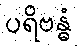
ပရိဗန္ဓံ